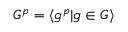
G ^ { p } = \langle g ^ { p } | g \in G \rangle